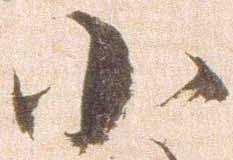
小